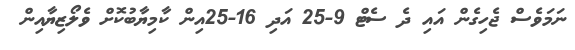
ނަމަވެސް ޖެހިގެން އައި ދެ ސެޓް 9-25 އަދި 16-25އިން ކާމިޔާބުކޮށް ވެލޯޒިޔާއިން